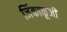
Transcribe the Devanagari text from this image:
जिंकाकूजी